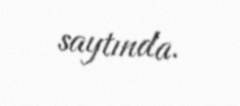
saytında.